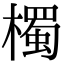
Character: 㯮